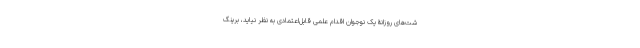
شت‌های روزانۀ یک نوجوان اقدام علمی قابل‌اعتمادی به نظر نیاید، برینگ